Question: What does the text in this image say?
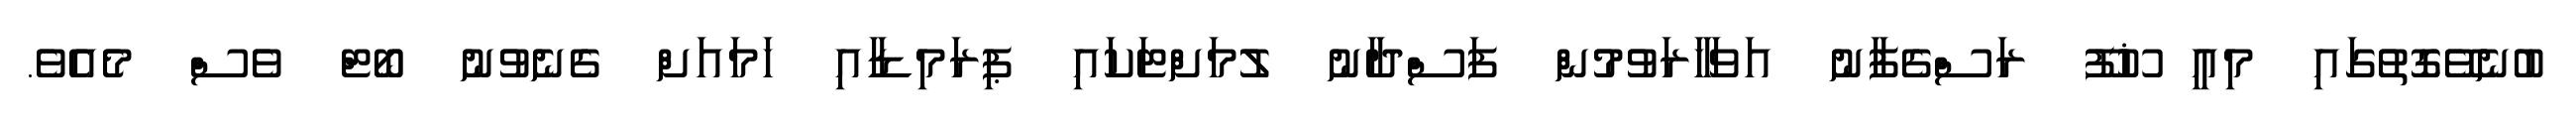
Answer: ބުނެވޭގޮތުގައި މިއީ ޚޫފޫ ރަސްގެފާނު އަވަހާރަވުމުން ފަސްދާނު ލުމަށްޓަކައި ޕިރަމިޑާއި ހަމައަށް ގެނެވުނު ބޯޓް ވެސް މެއެވެ.